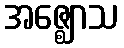
အဇ္ဈောသ